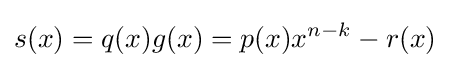
s(x)=q(x)g(x)=p(x)x^{n-k}-r(x)